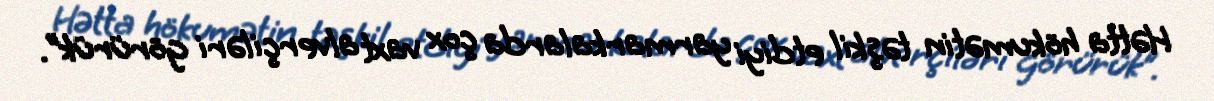
Hətta hökumətin təşkil etdiyi yarmarkalarda çox vaxt alverçiləri görürük”.